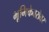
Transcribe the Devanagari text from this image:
भूमिकेबरोबर